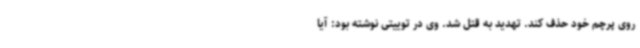
روی پرچم خود حذف کند. تهدید به قتل شد. وی در توییتی نوشته بود: آیا